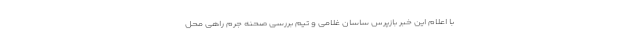
با اعلام این خبر بازپرس ساسان غلامی و تیم بررسی صحنه جرم راهی محل